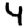
Digit: 4